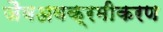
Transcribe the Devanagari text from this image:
जैवअवक्रमीकरण